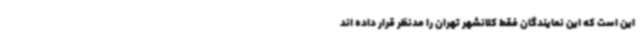
این است که این نمایندگان فقط کلانشهر تهران را مدنظر قرار داده اند